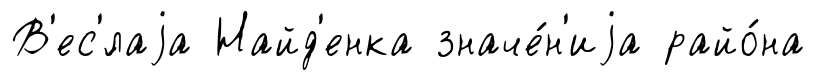
В'ес'́лаjа Найд'енка значе́н'иjа райо́на